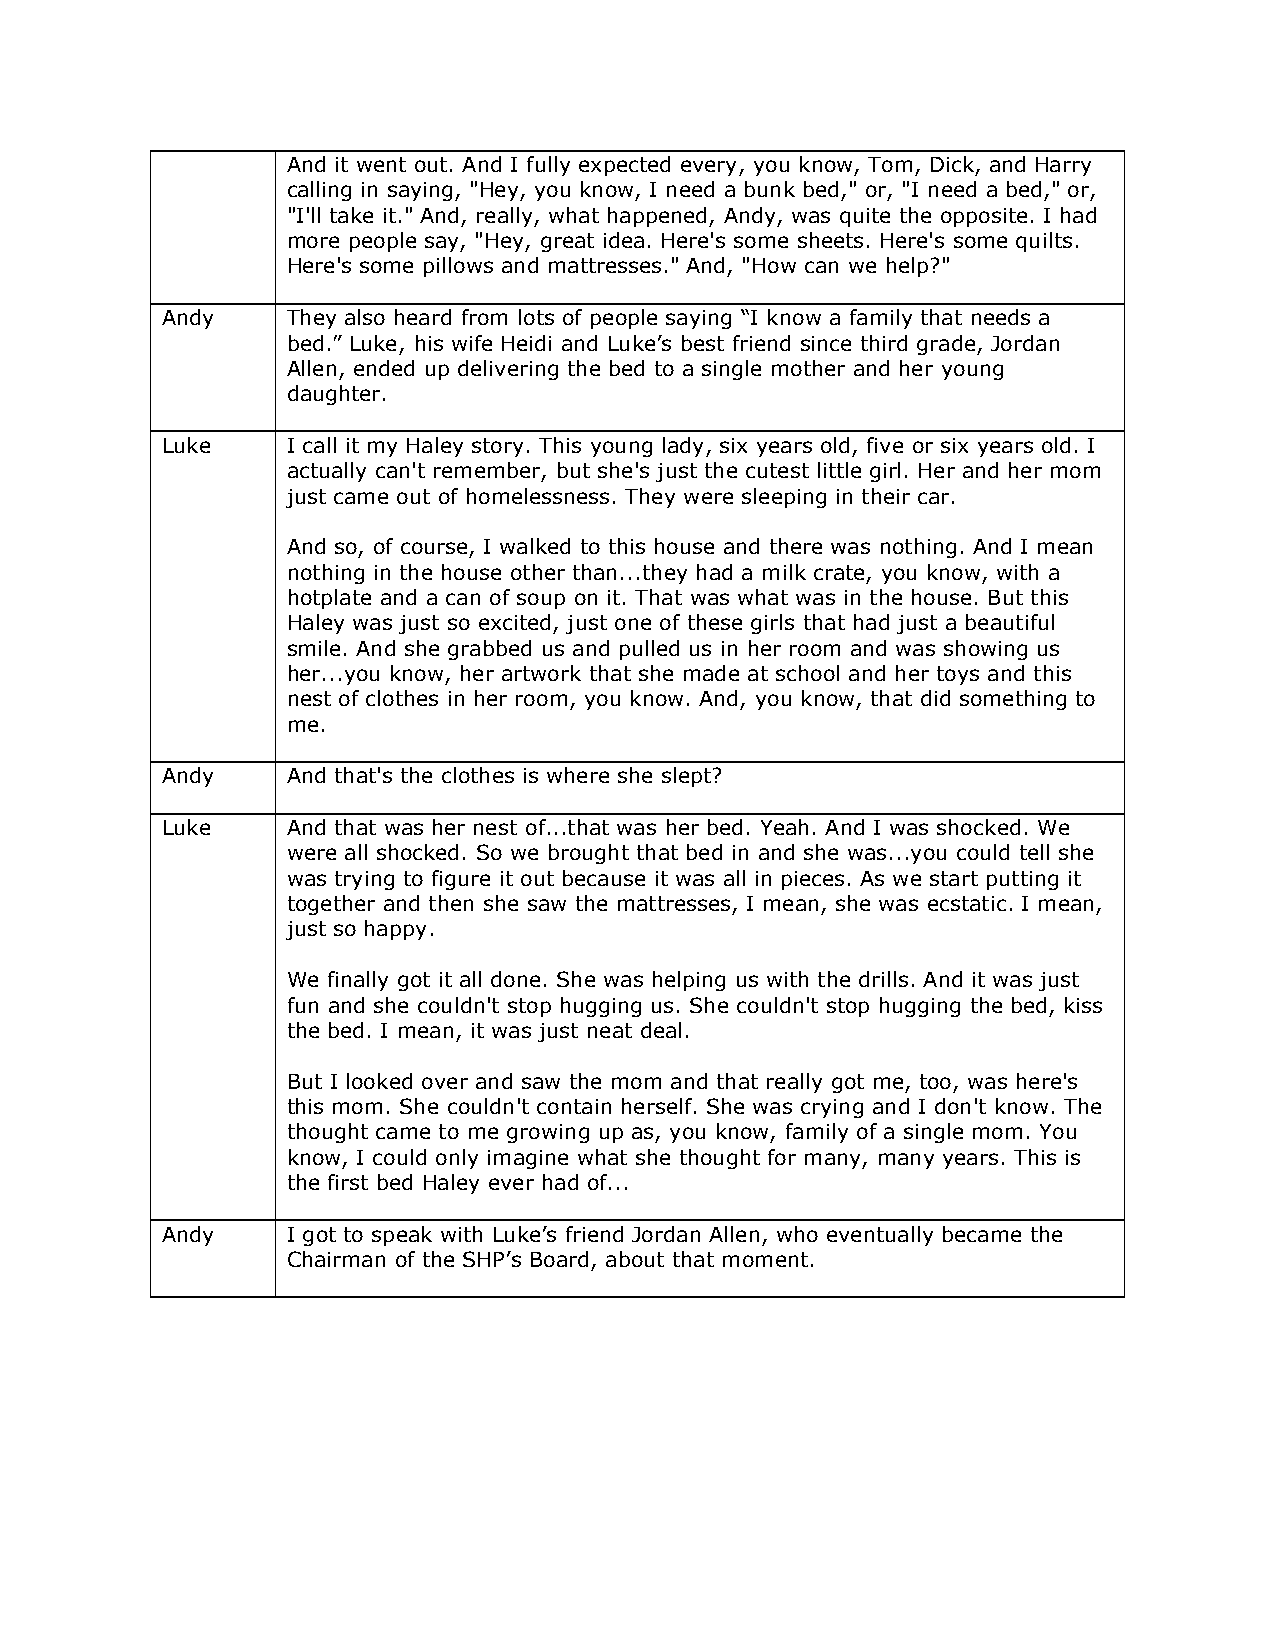
And it went out. And I fully expected every, you know, Tom, Dick, and Harry
 calling in saying, "Hey, you know, I need a bunk bed," or, "I need a bed," or,
 "I'll take it." And, really, what happened, Andy, was quite the opposite. I had
 more people say, "Hey, great idea. Here's some sheets. Here's some quilts.
 Here's some pillows and mattresses." And, "How can we help?"
 Andy    They also heard from lots of people saying “I know a family that needs a
 bed.” Luke, his wife Heidi and Luke’s best friend since third grade, Jordan
 Allen, ended up delivering the bed to a single mother and her young
 daughter.
 Luke    I call it my Haley story. This young lady, six years old, five or six years old. I
 actually can't remember, but she's just the cutest little girl. Her and her mom
 just came out of homelessness. They were sleeping in their car.
 And so, of course, I walked to this house and there was nothing. And I mean
 nothing in the house other than...they had a milk crate, you know, with a
 hotplate and a can of soup on it. That was what was in the house. But this
 Haley was just so excited, just one of these girls that had just a beautiful
 smile. And she grabbed us and pulled us in her room and was showing us
 her...you know, her artwork that she made at school and her toys and this
 nest of clothes in her room, you know. And, you know, that did something to
 me.
 Andy    And that's the clothes is where she slept?
 Luke    And that was her nest of...that was her bed. Yeah. And I was shocked. We
 were all shocked. So we brought that bed in and she was...you could tell she
 was trying to figure it out because it was all in pieces. As we start putting it
 together and then she saw the mattresses, I mean, she was ecstatic. I mean,
 just so happy.
 We finally got it all done. She was helping us with the drills. And it was just
 fun and she couldn't stop hugging us. She couldn't stop hugging the bed, kiss
 the bed. I mean, it was just neat deal.
 But I looked over and saw the mom and that really got me, too, was here's
 this mom. She couldn't contain herself. She was crying and I don't know. The
 thought came to me growing up as, you know, family of a single mom. You
 know, I could only imagine what she thought for many, many years. This is
 the first bed Haley ever had of...
 Andy    I got to speak with Luke’s friend Jordan Allen, who eventually became the
 Chairman of the SHP’s Board, about that moment.